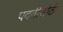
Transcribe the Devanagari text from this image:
पदवीसीठी